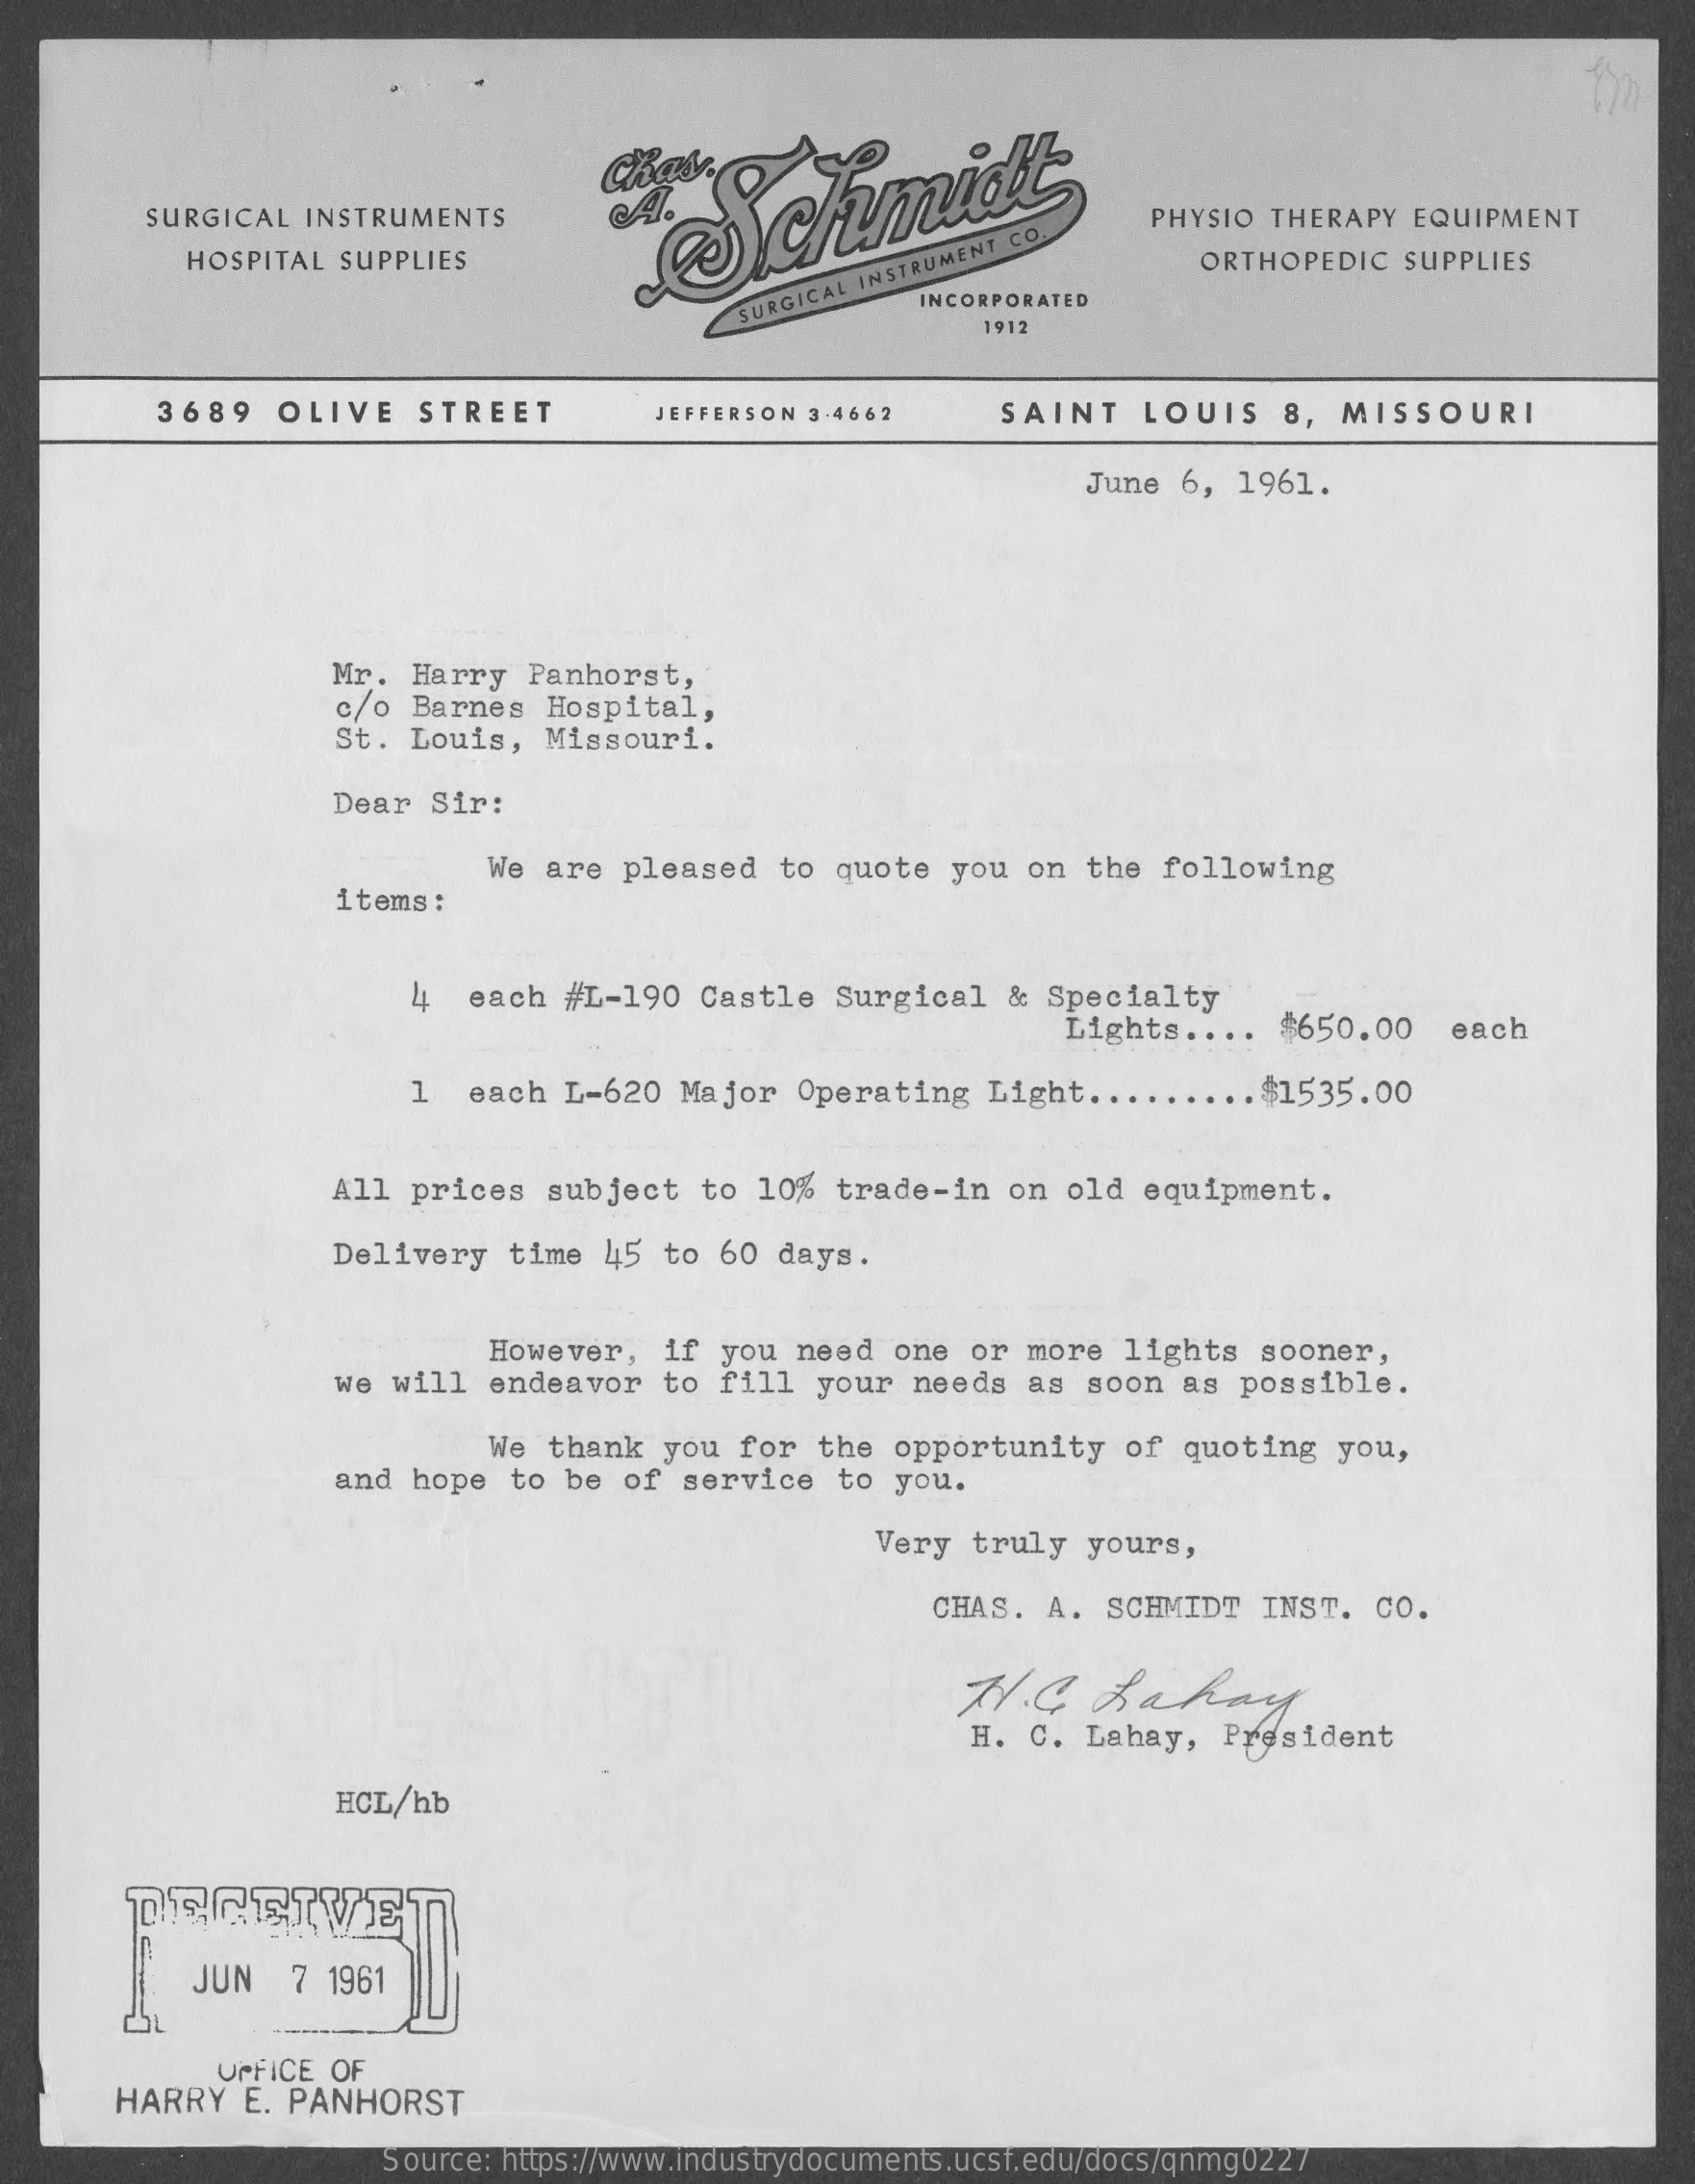
Chas.
     SURGICAL  INSTRUMENTS    PHYSIO  THERAPY  EQUIPMENT
     HOSPITAL  SUPPLIES
     Schmidt
     ORTHOPEDIC  SUPPLIES
     INCORPORATED SURGICAL
     INSTRUMENT
     CO
     1913
     3689    OLIVE    STREET    JEFFERSON 3-4662    SAINT   LOUIS    8, MISSOURI
     June  6,  1961.
     Mr.  Harry   Panhorst,
     c/o Barnes   Hospital,
     St. Louis,   Missouri.
     Dear  Sir:
     We  are pleased    to quote   you on  the  following
     items :
     4   each  #L-190  Castle   Surgical   &  Specialty
     Lights ....  $650.00    each
     1   each  L-620  Major   Operating   Light .........  $1535.00
     All  prices   subject   to 10%  trade-in   on  old  equipment.
     Delivery   time  45  to  60  days.
     However,   if  you  need  one  or more  lights   sooner,
     We  will  endeavor   to  fill  your  needs  as  soon  as  possible.
     We  thank  you  for  the  opportunity   of  quoting   you,
     and  hope  to  be  of service   to  you.
     Very  truly  yours,
     CHAS.  A. SCHMIDT   INST.  CO.
     W.   C. Lahay
     H. C.  Lahay,   President
     HCL/hb
     DECEIVE
     JUN   7 1961
     UPFICE OF
     HARRY   E. PANHORST
     Source: https://www.industrydocuments.ucsf.edu/docs/qnmg0227